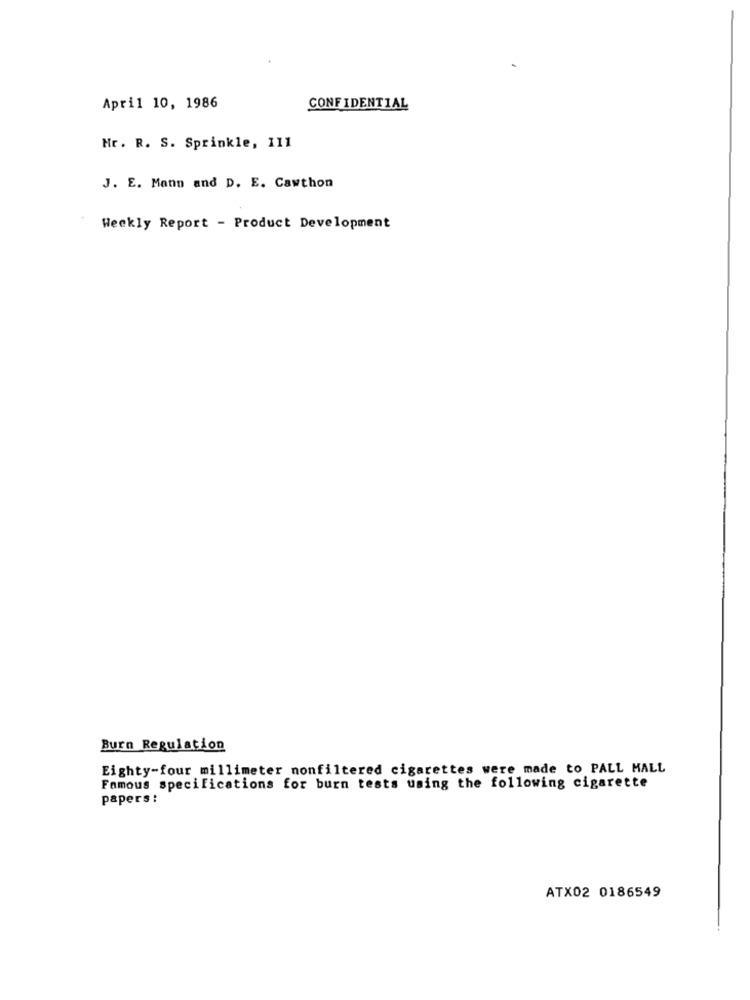
April 10, 1986
CONFIDENTIAL
Mr. R. S. Sprinkle, 111
J. E. Mann and D. E. Cawthon
Weekly Report - Product Development
Burn Regulation
Eighty-four millimeter nonfiltered cigarettes were made to PALL MALL
Famous specifications for burn tests using the following cigarette
papers :
ATX02 0186549